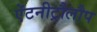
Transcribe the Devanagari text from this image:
ऐंटनीट्रौलौप